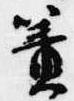
簀